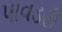
પાવડરી